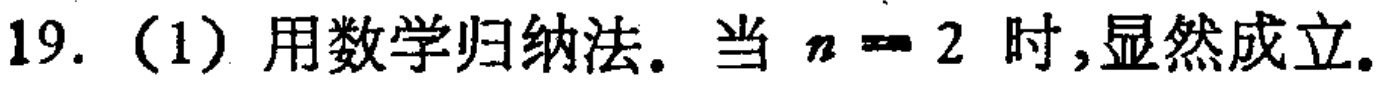
19.（1）用数学归纳法。当\(n = 2\)时,显然成立。